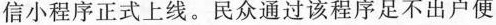
信小程序正式上线。民众通过该程序足不出户便